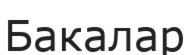
Бакалар